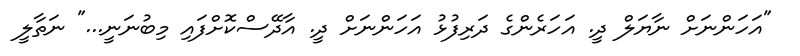
"އަހަންނަށް ނާޔަލް ދީ. އަހަރެންގެ ދަރިފުޅު އަހަންނަށް ދީ. އާދޭސްކޮށްފައި މިބުނަނީ..." ނަތާލީ